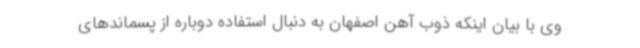
وی با بیان اینکه ذوب آهن اصفهان به دنبال استفاده دوباره از پسماندهای